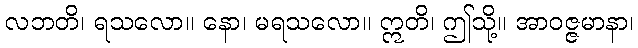
လဘတိ၊ ရသလော။ နော၊ မရသလော။ ဣတိ၊ ဤသို့။ အာဝဇ္ဇမာနာ၊